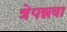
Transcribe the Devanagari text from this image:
त्रेपन्नवा